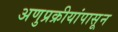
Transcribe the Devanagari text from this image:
अणुप्रक्रीयांपासून